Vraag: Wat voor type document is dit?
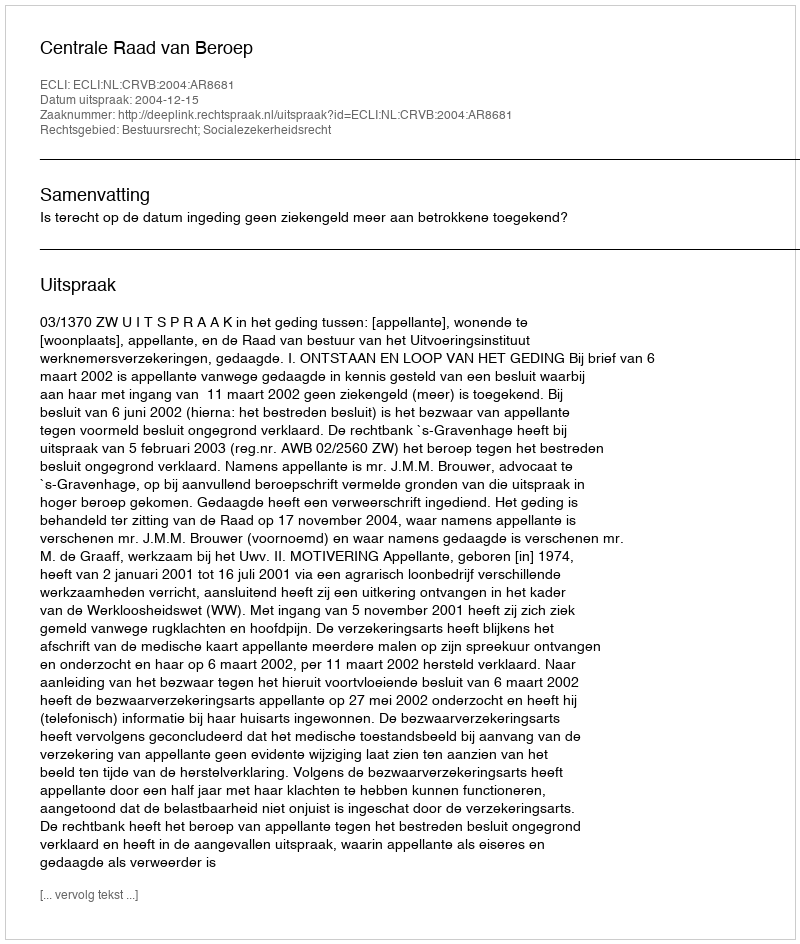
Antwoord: Uitspraak